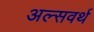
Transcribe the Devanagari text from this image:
अल्सवर्थ